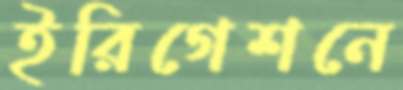
ইরিগেশনে